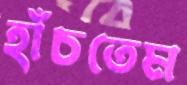
হাঁচতেম